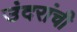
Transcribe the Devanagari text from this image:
उंदरांची